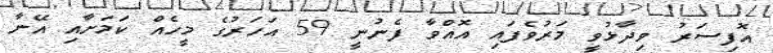
އޮފިސަރު ވިދާޅުވީ މަރުވެފައި އޮއްވާ ފެނުނީ 59 އަހަރުގެ މީހެއް ކަމަށާއި އޭނާ